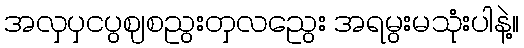
အလှပှငပွဈစညွးတှလညွေး အရမွးမသုံးပါနဲ့။